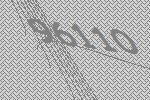
96110